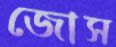
জোস